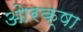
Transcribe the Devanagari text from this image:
ओरक्षा